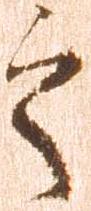
之